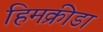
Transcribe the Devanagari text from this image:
हिमक्रीडा